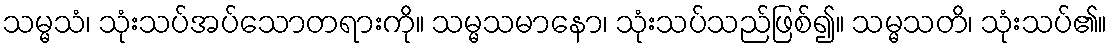
သမ္မသံ၊ သုံးသပ်အပ်သောတရားကို။ သမ္မသမာနော၊ သုံးသပ်သည်ဖြစ်၍။ သမ္မသတိ၊ သုံးသပ်၏။